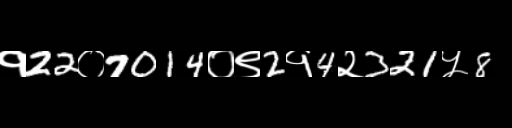
Text: १22०7014०९2१4२321५8